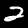
Label: 2